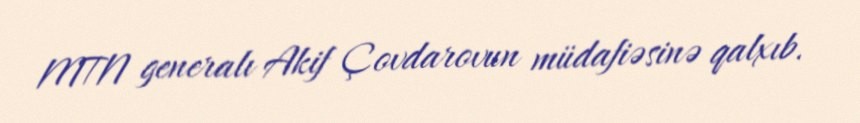
MTN generalı Akif Çovdarovun müdafiəsinə qalxıb.